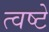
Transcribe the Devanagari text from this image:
त्वष्टे